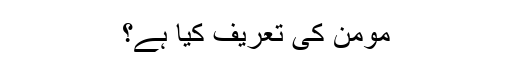
مومن کی تعریف کیا ہے؟